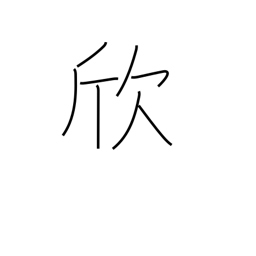
Meaning: take pleasure in